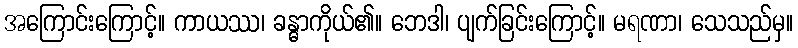
အကြောင်းကြောင့်။ ကာယဿ၊ ခန္ဓာကိုယ်၏။ ဘေဒါ၊ ပျက်ခြင်းကြောင့်။ မရဏာ၊ သေသည်မှ။